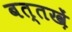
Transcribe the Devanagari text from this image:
बत्तख़ें